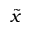
\tilde { x }